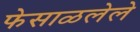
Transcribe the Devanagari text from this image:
फेसाळलेले